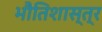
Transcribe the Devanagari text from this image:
भौतिशास्त्र